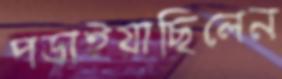
পড়াইয়াছিলেন